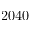
2 0 4 0